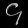
Digit: ၄